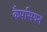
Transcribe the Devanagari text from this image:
कैपसियन